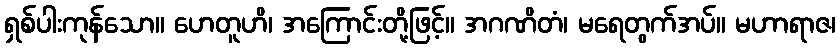
ရှစ်ပါးကုန်သော။ ဟေတူဟိ၊ အကြောင်းတို့ဖြင့်။ အဂဏိတံ၊ မရေတွက်အပ်။ မဟာရာဇ၊